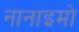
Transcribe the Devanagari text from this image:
नानाइमो